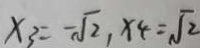
x _ { 3 } = - \sqrt { 2 } , x 4 = \sqrt { 2 }